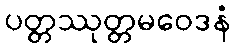
ပတ္တဿုတ္တမဝေဒနံ